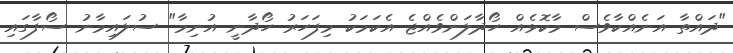
"ދައްތާ އަނެއްކާވެސް މާކޮޅެއް ހޯދާލަންވެއްޖެ އެކަމަކު މިފަހަރު ހޯދާނީ އުނިމާ" ސުލައިމާނު ސޯފާގައި